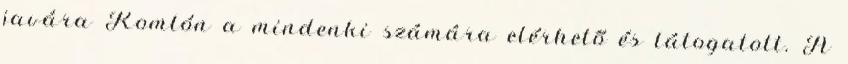
javára Komlón a mindenki számára elérhető és látogatott. A